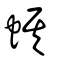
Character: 蜞